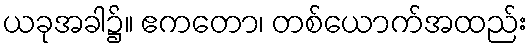
ယခုအခါ၌။ ဧကတော၊ တစ်ယောက်အထည်း